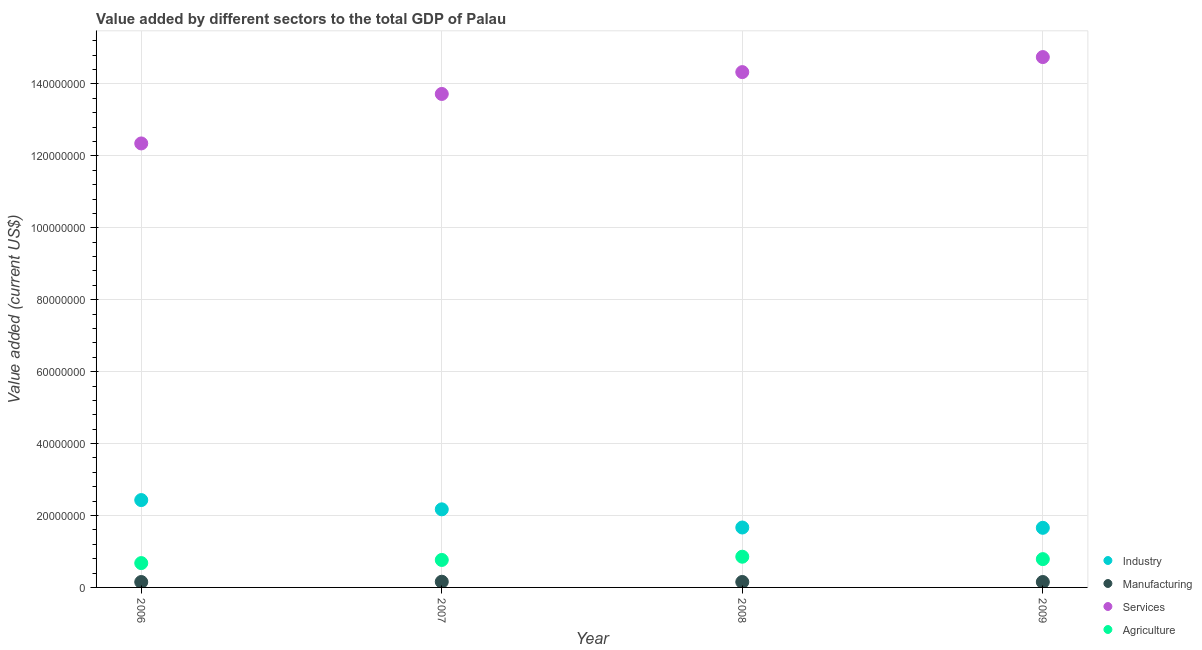
| Year | Industry | Manufacturing | Services | Agriculture |
 | --- | --- | --- | --- | --- |
 | 2006 | 2.43e+07 | 1.5e+06 | 1.23e+08 | 6.77e+06 |
 | 2007 | 2.17e+07 | 1.58e+06 | 1.37e+08 | 7.64e+06 |
 | 2008 | 1.67e+07 | 1.52e+06 | 1.43e+08 | 8.54e+06 |
 | 2009 | 1.66e+07 | 1.51e+06 | 1.47e+08 | 7.87e+06 |